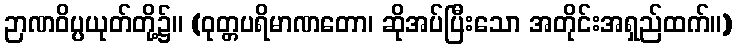
ဉာဏဝိပ္ပယုတ်တို့၌။ (ဝုတ္တပရိမာဏတော၊ ဆိုအပ်ပြီးသော အတိုင်းအရှည်ထက်။)